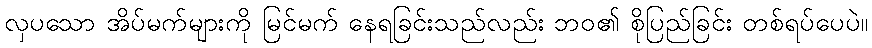
လှပသော အိပ်မက်များကို မြင်မက် နေရခြင်းသည်လည်း ဘဝ၏ စိုပြည်ခြင်း တစ်ရပ်ပေပဲ။